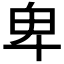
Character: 卑